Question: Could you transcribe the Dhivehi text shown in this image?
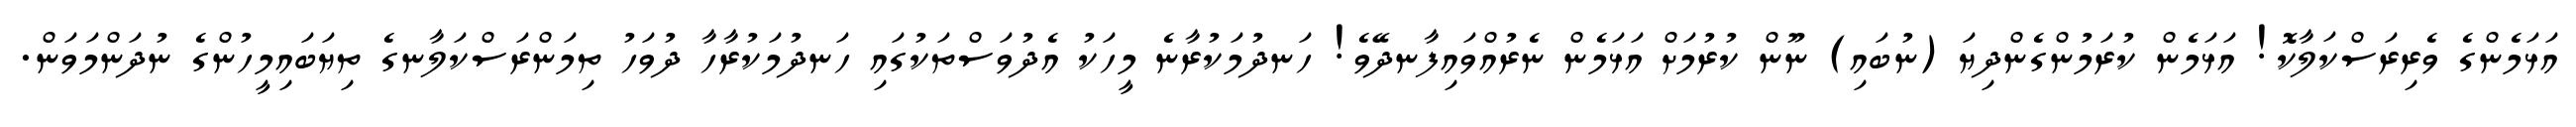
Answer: އަޅަމެންގެ ވެރިރަސްކަލާކޮ! އަޅަމެން ކުރަމުންގެންދިޔަ (ނުބައި) ނޫން ކުރުމަށް އަޅަމެން ނެރުއްވައިފާނދޭވެ! ހަނދުމަކުރާނެ މީހަކު އެދުވަސްތަކުގައި ހަނދުމަކުރާހާ ދުވަހު ތިމަންރަސްކަލާނގެ ތިޔަބައިމީހުންގެ ނުދަންމަވަން.